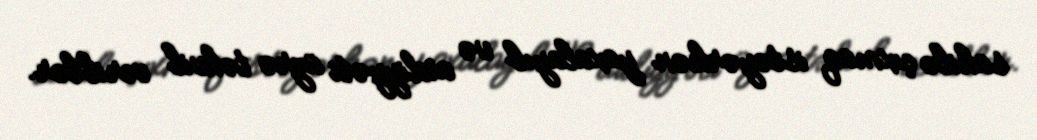
sahilə çıxmaq istəyərkən yaxalayıb və aidiyyəti üzrə təhvil veriblər.